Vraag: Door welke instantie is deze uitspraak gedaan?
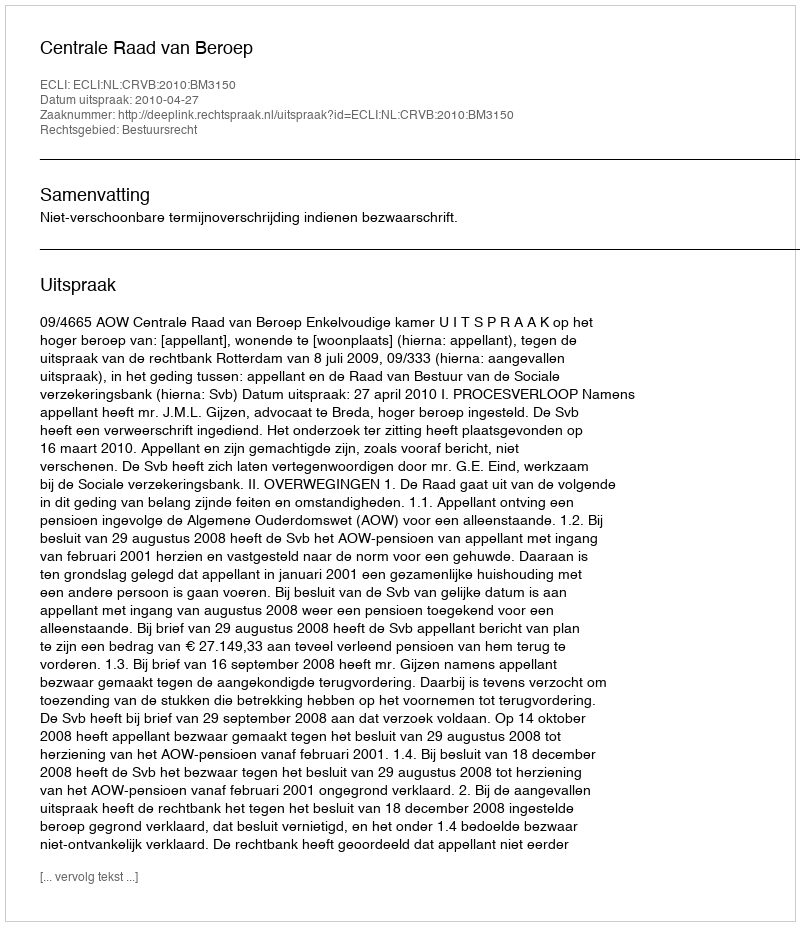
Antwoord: Centrale Raad van Beroep